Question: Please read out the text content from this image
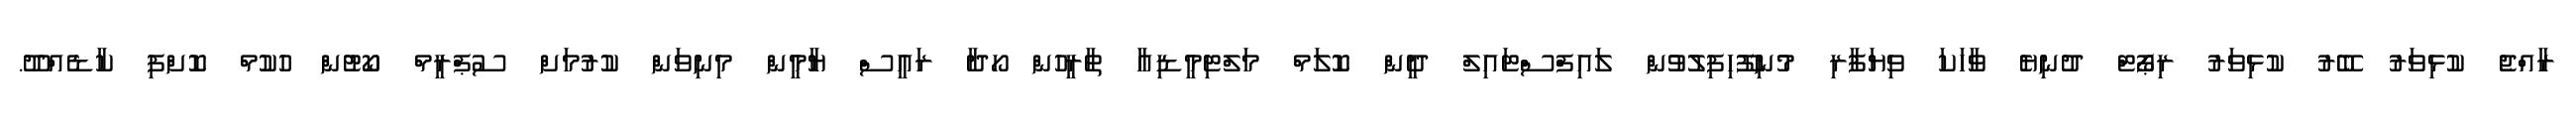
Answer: ރާއްޖެ ކުޅިވަރު ބޭރު ކުޅިވަރު ރިޕޯޓް ދުނިޔެ ވާހަކަ ވިޔަފާރި މުނިފޫހިފިލުވުން ލައިފްސްޓައިލް ދީން ކޮލަމް މަލްޓިމީޑިއާ ތާރީހުން ހޯދާ ރައީސް ޔާމީން މިނިވަން ކުރުމަށް ސުޕްރީމް ކޯޓުން ހުކުމް ކޮށްފި ކާޑެއްދޫ.